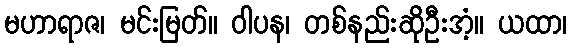
မဟာရာဇ၊ မင်းမြတ်။ ဝါပန၊ တစ်နည်းဆိုဦးအံ့။ ယထာ၊